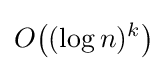
O{\bigl (}(\log n)^{k}{\bigr )}